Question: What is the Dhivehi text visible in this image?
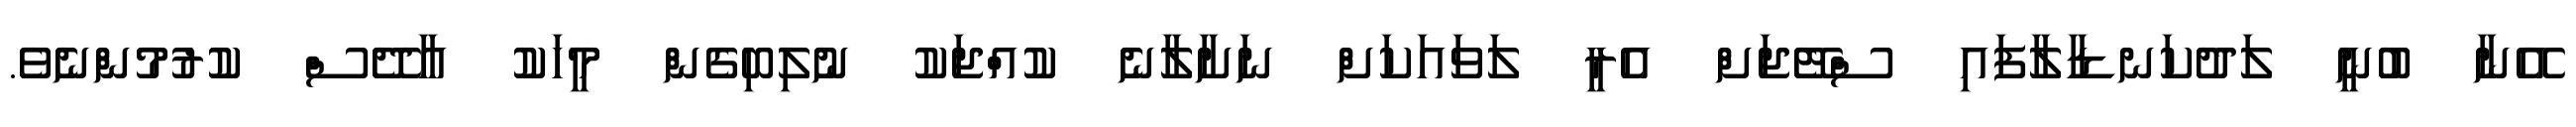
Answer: އޭނާ ބުނީ ލަދުކަނޑާލާފައި ސްޓޭޖަށް އެރީ ލަވައަކަށް ނަށާލާނެ ކުއްޖަކު ނުލިބިގެން މީހަކު އާދޭސް ކުރުމުންނެވެ.